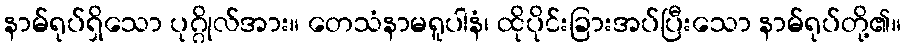
နာမ်ရုပ်ရှိသော ပုဂ္ဂိုလ်အား။ တေသံနာမရူပါနံ၊ ထိုပိုင်းခြားအပ်ပြီးသော နာမ်ရုပ်တို့၏။